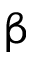
\upbeta